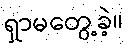
ရှာမတွေ့ခဲ့။